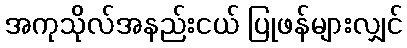
အကုသိုလ်အနည်းငယ် ပြုဖန်များလျှင်